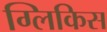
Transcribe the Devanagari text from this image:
ग्लिकिस